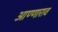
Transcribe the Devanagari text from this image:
आण्णाराव